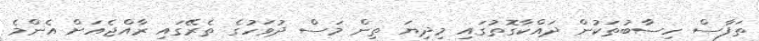
ތަފާސް ހިސާބުތަކުން ދައްކާގޮތުގައި މިދިޔަ ތިން މަސް ދުވަހުގެ ތެރޭގައި ރާއްޖެއަށް އެންމެ